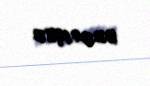
02.04.1982